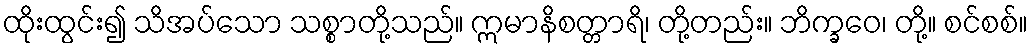
ထိုးထွင်း၍ သိအပ်သော သစ္စာတို့သည်။ ဣမာနိစတ္တာရိ၊ တို့တည်း။ ဘိက္ခဝေ၊ တို့။ စင်စစ်။